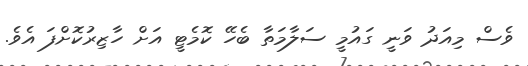
ވެސް މިއަދު ވަނީ ގައުމީ ސަލާމަތާ ބެހޭ ކޮމެޓީ އަށް ހާޒިރުކޮށްފަ އެވެ.